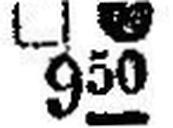
□● 950